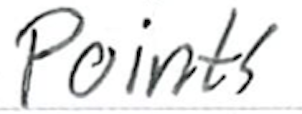
Text: points
Cross-out: clean
Writing tool: ballpoint